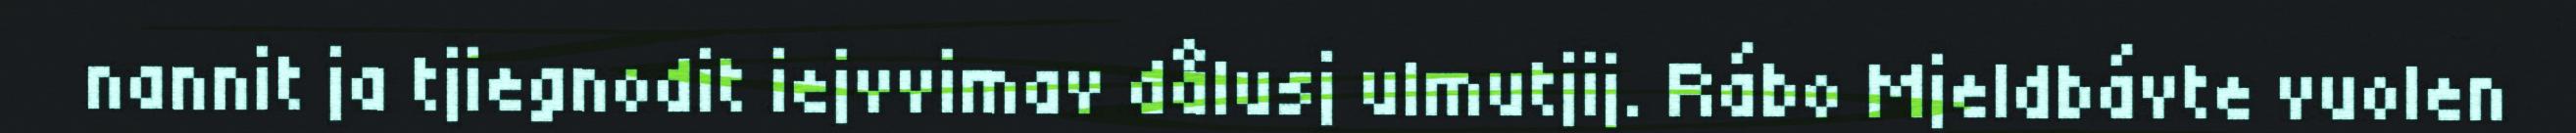
nannit ja tjiegnodit iejvvimav dålusj ulmutjij. Rábo Mjeldbávte vuolen